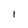
Character: 1